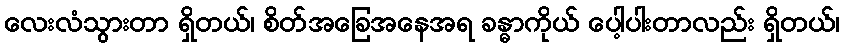
လေးလံသွားတာ ရှိတယ်၊ စိတ်အခြေအနေအရ ခန္ဓာကိုယ် ပေါ့ပါးတာလည်း ရှိတယ်၊